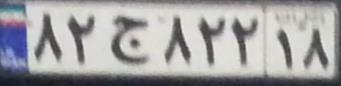
۸۲ج۸۲۲۱۸